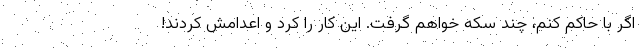
اگر با حاکم کنم، چند سکه خواهم گرفت. این کار را کرد و اعدامش کردند!